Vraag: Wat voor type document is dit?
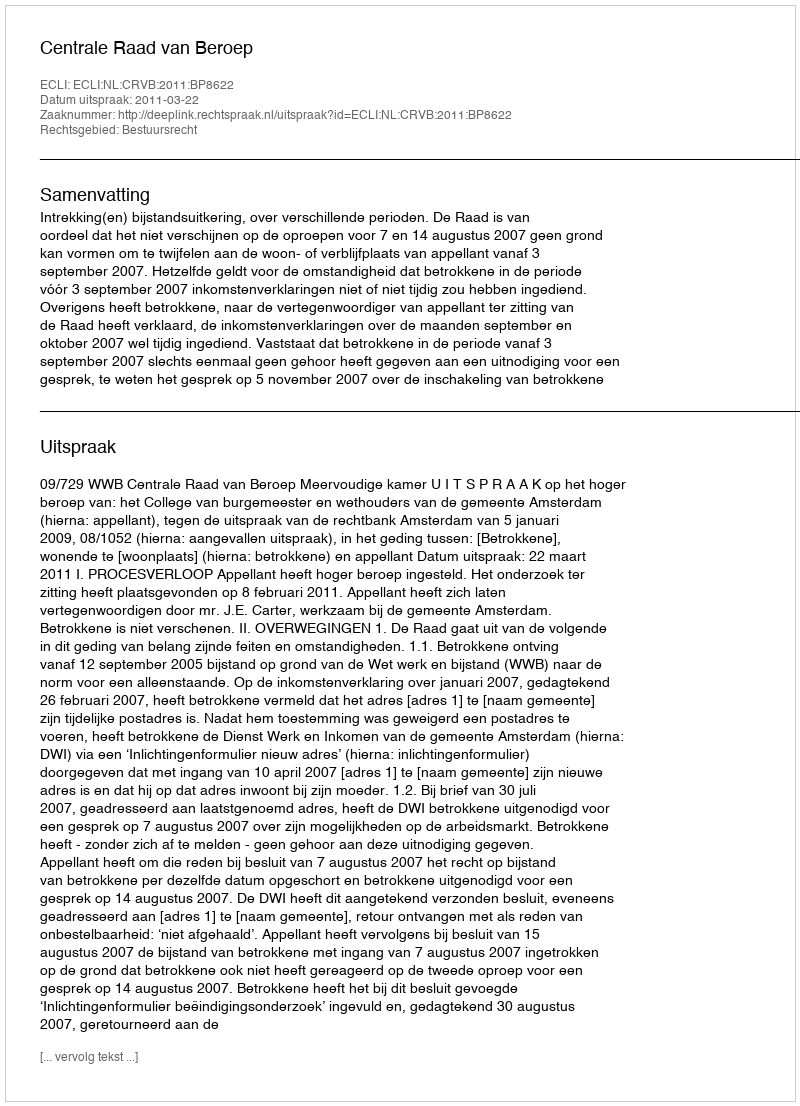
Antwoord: Uitspraak